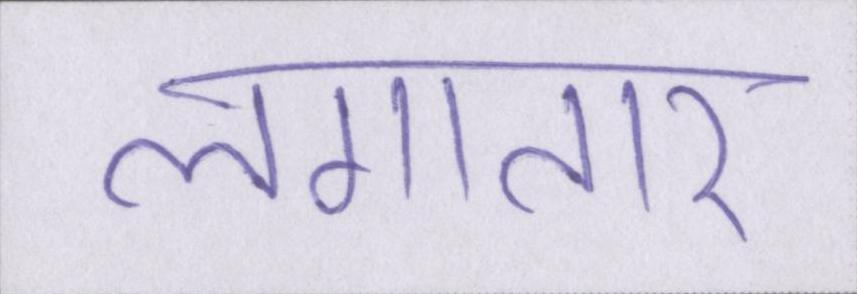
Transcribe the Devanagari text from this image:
लगातार